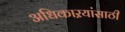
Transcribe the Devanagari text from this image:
अधिकाऱयांसाठी